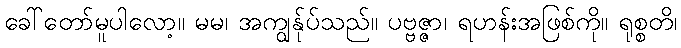
ခေါ်တော်မူပါလော့။ မမ၊ အကျွန်ုပ်သည်။ ပဗ္ဗဇ္ဇာ၊ ရဟန်းအဖြစ်ကို။ ရုစ္စတိ၊